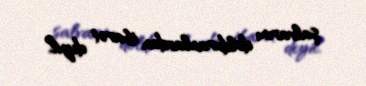
şalvarını dolduranlardan ibarət deyil.